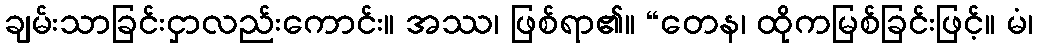
ချမ်းသာခြင်းငှာလည်းကောင်း။ အဿ၊ ဖြစ်ရာ၏။ “တေန၊ ထိုကမြစ်ခြင်းဖြင့်။ မံ၊